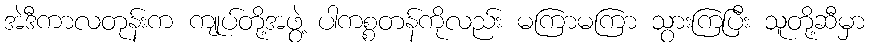
အဲဒီကာလတုန်းက ကျုပ်တို့အဖွဲ့ ပါကစ္စတန်ကိုလည်း မကြာမကြာ သွားကြပြီး သူတို့ဆီမှာ